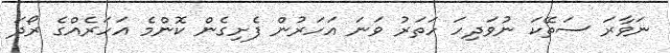
ނަވާރަ ސަތޭކަ ނުވަދިހަ ހަތަރު ވަނަ އަހަރުން ފެށިގެން ކޮންމެ އަހަރެއްގެ ރޯދަ